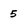
Character: 5